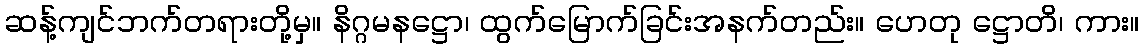
ဆန့်ကျင်ဘက်တရားတို့မှ။ နိဂ္ဂမနဋ္ဌော၊ ထွက်မြောက်ခြင်းအနက်တည်း။ ဟေတု ဋ္ဌောတိ၊ ကား။